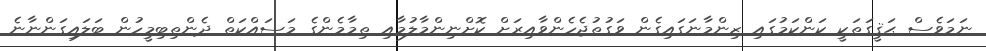
ނަމަވެސް ޙަޤީގަތަކީ ކަންކަމުގައި ޒިންމާނަގައިގެން ވަގުތުޖެހެންވާއިރަށް ކޮށްނިންމާލުމާއި ތިމާމެންގެ މަސައްކަތް ދެންތިބިމީހުން ބަލައިގަންނާނެ